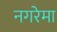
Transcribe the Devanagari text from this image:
नगरेमा